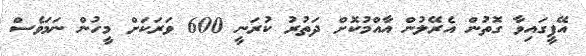
އޭޕީގައިވާ ގޮތުން އެރޭލުން އާއްމުކޮށް ދަތުރު ކުރަނީ 600 ވަރަކަށް މީހުން ނަމަވެސް